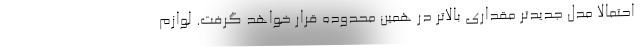
احتمالا مدل جدیدتر مقداری بالاتر در همین محدوده قرار خواهد گرفت. لوازم